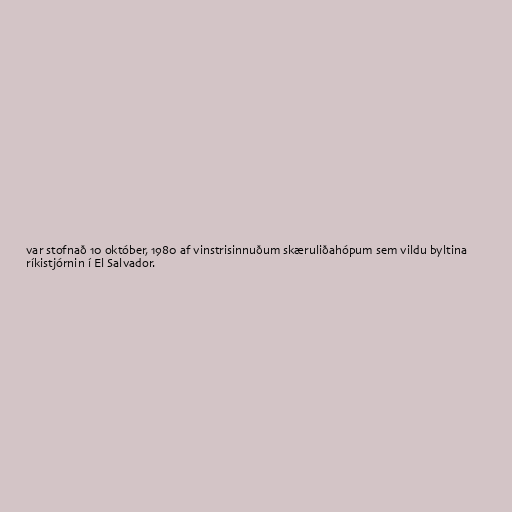
var stofnað 10 október, 1980 af vinstrisinnuðum skæruliðahópum sem vildu byltina
ríkistjórnin í El Salvador.